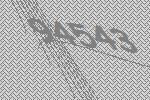
94543